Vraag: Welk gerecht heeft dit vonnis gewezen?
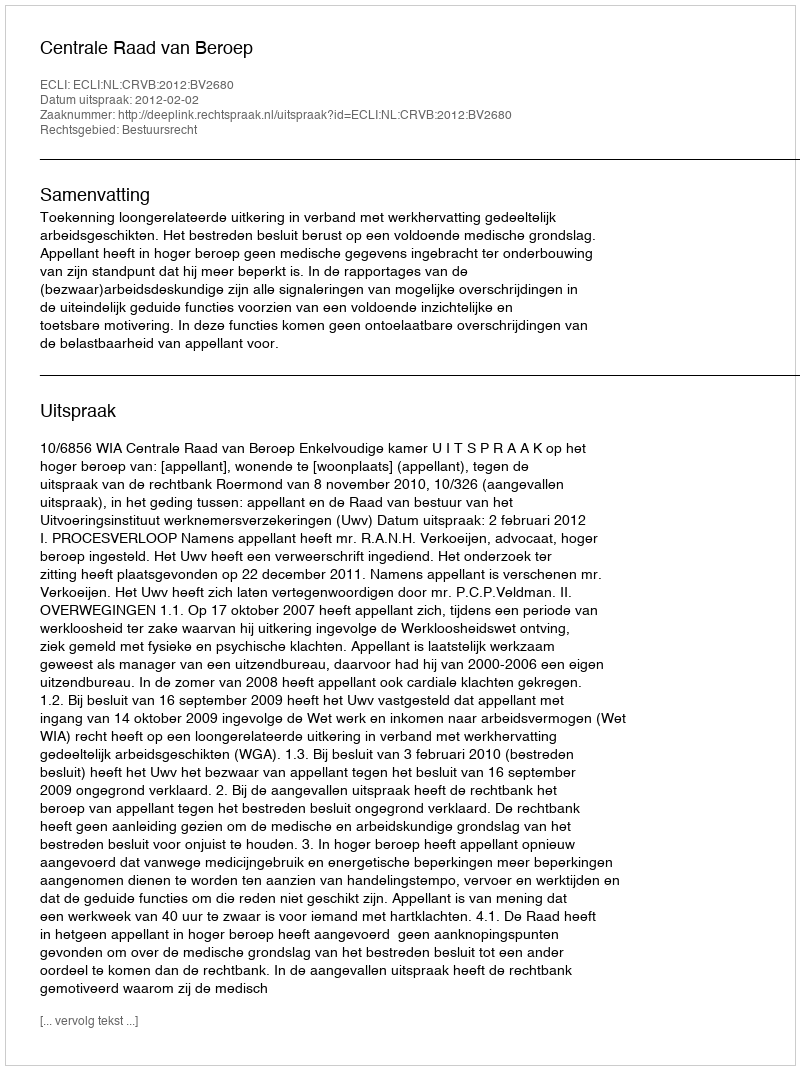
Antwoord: Centrale Raad van Beroep